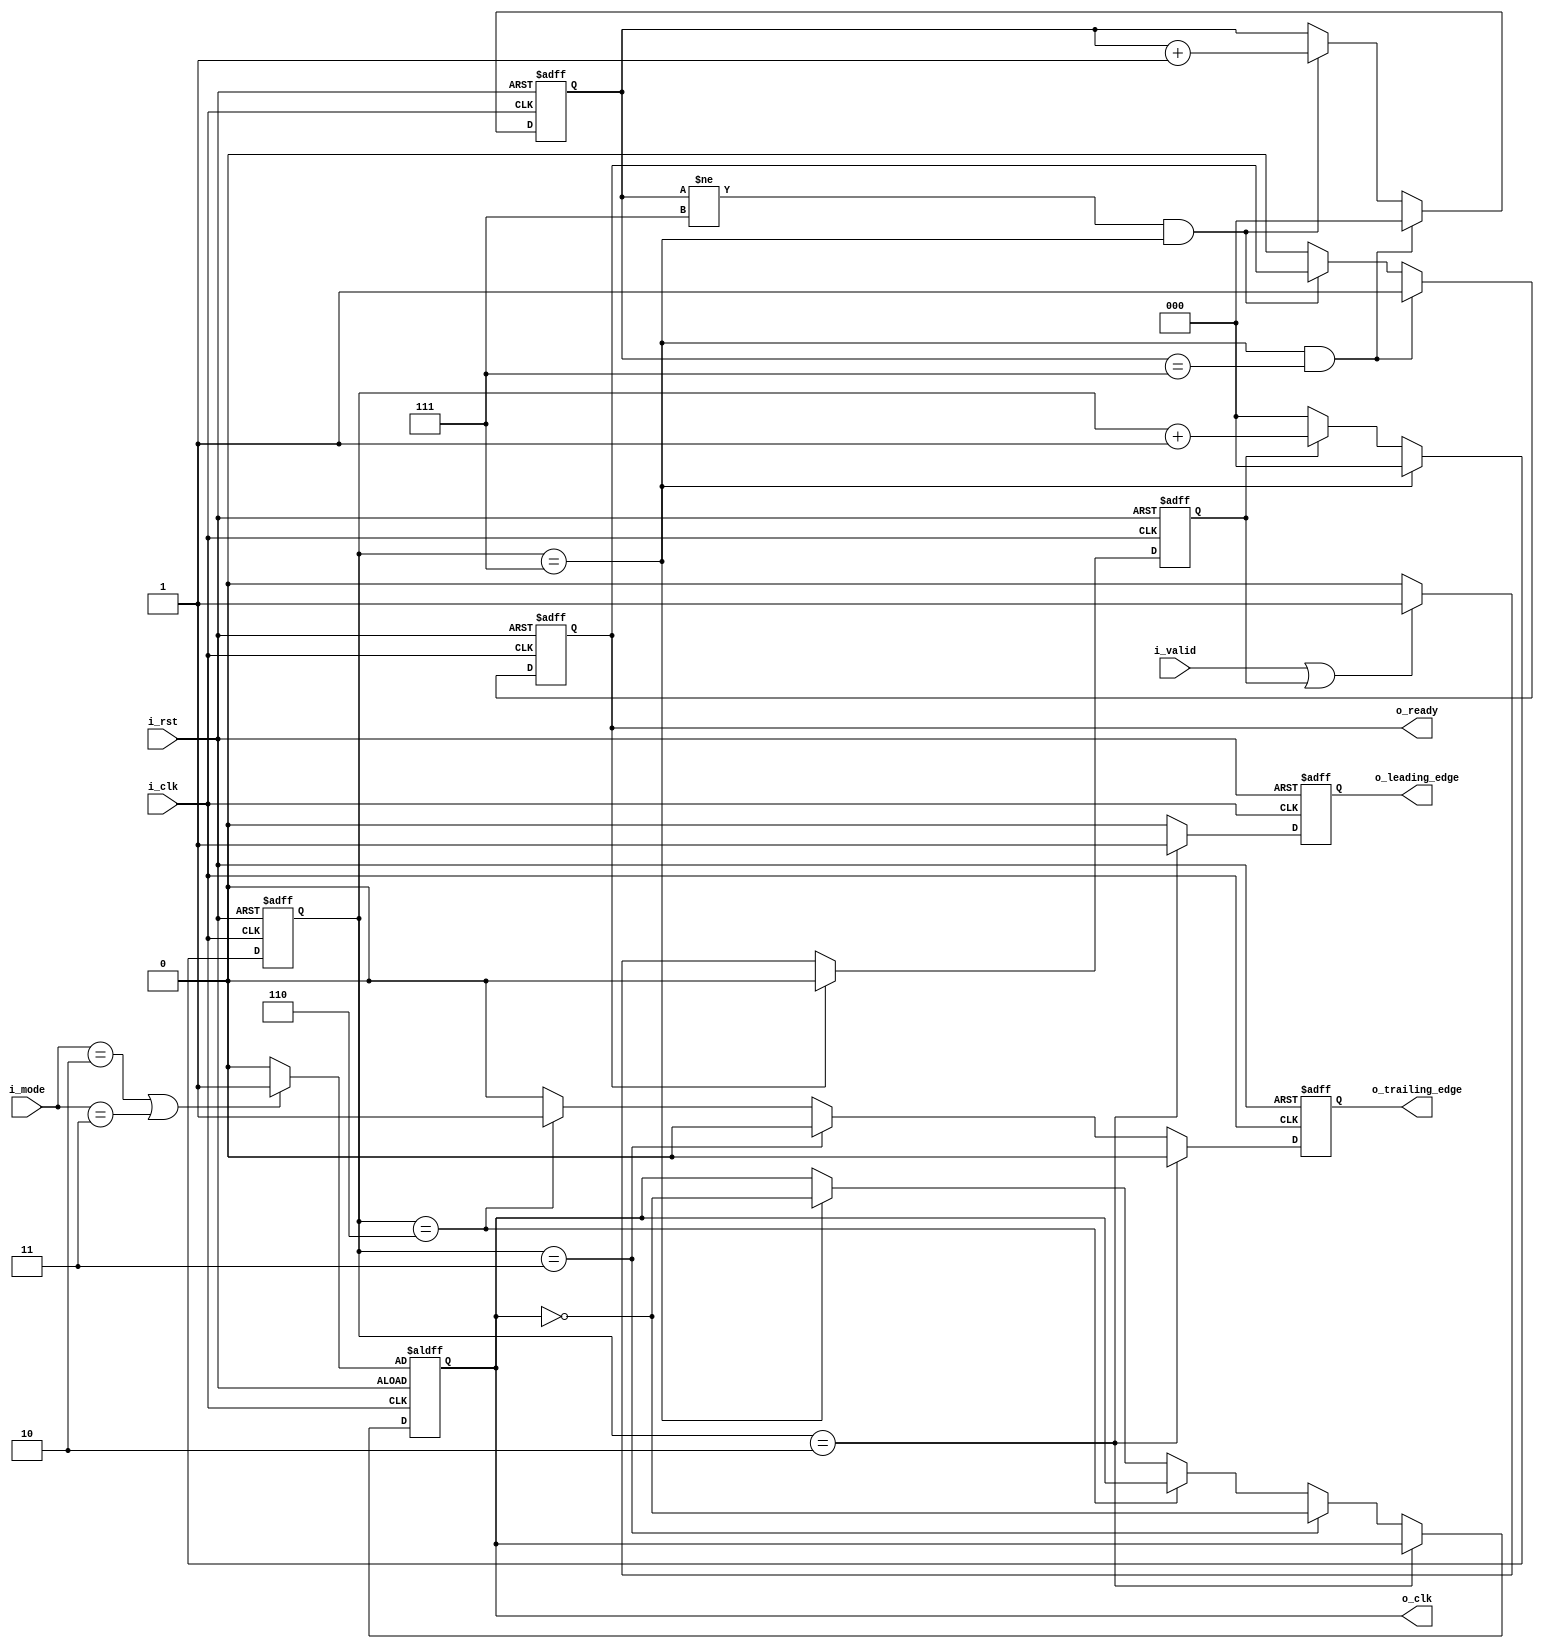
module CLK_GEN(

/// input signals /////
input wire        i_clk              ,      
input wire        i_rst              ,
input wire [1:0]  i_mode             ,
input wire        i_valid            ,

////output signals /////
output reg  o_clk              ,
output reg  o_ready            ,
output reg  o_leading_edge     ,
output reg  o_trailing_edge

);
wire      ic_pol , ic_phase ;
//reg       o_leading_edge_d , o_trailing_edge_d   ;
reg [2:0] bit_count, byte_count ;

reg valid_en  ;

assign ic_pol   = ((i_mode == 2'b10 ) || (i_mode == 2'b11))? 1'b1 : 1'b0 ;
assign ic_phase = ((i_mode == 2'b01 ) || (i_mode == 2'b11))? 1'b1 : 1'b0 ;

always @(posedge i_clk , negedge i_rst)
begin
if(!i_rst)
	bit_count <= 3'b0 ;

else 
begin

	if(bit_count == 3'd7)
		begin
		bit_count <= 1'b0 ;
		end
	
	else if (valid_en)
	bit_count <= bit_count + 1'b1 ;

	else 
	bit_count <= 1'b0 ;
		

end	

end

always @(posedge i_clk , negedge i_rst)
begin
	if(!i_rst)
	begin
		byte_count <= 'b0 ;
		o_ready    <= 1'b0;
	end

	else 
	begin
		if(bit_count == 3'd7 && byte_count == 3'd7)
		begin
			byte_count <= 3'b0 ;
			o_ready    <= 1'b1 ;
		end
		
		else if(byte_count != 3'd7 && bit_count == 3'd7 )
			byte_count <= byte_count +1'b1 ;
			
		else 
			begin
			byte_count <= byte_count ;
			o_ready <= 1'b0 ;
			end
	end

end	

always @(posedge i_clk , negedge i_rst)
begin

	if(!i_rst )
		valid_en <= 1'b0 ;
	
	else if (o_ready)
		valid_en <= 1'b0;
	
	else if(i_valid | valid_en) 
		valid_en <= 1'b1 ;
	
	else 
		valid_en <=1'b0 ;

end

always @(posedge i_clk , negedge i_rst)
begin

o_leading_edge <= 1'b0;
o_clk <= o_clk ;
o_trailing_edge <= 1'b0;

	if(!i_rst)
	o_clk <= ic_pol ;
	
	else
	begin
		if(bit_count == 3'd2)
		begin
			o_leading_edge <= 1'b1;
			o_trailing_edge<=1'b0   ;
			o_clk          <= o_clk ;
			
		end
		
		else if(bit_count == 3'd3)
		begin
			o_clk <= ~o_clk ;
			o_leading_edge <= 1'b0  ;
			o_trailing_edge<=1'b0   ;
			
		end
		
		else if(bit_count == 3'd6)
			begin
				o_trailing_edge <= 1'b1;
				o_leading_edge <= 1'b0  ;
				o_clk          <= o_clk ;
				
			end	
			
		else if(bit_count == 3'd7)		
			begin		
				o_clk <= ~o_clk ;
				o_leading_edge <= 1'b0  ;
				o_trailing_edge<=1'b0   ;
				
			end	
		
		else 
		begin
		
			o_leading_edge <= 1'b0  ;
			o_trailing_edge<=1'b0   ;
			o_clk          <= o_clk ;
		end
	//case (bit_count)
	//
	//	3'd2: begin
	//		o_leading_edge <= 1'b1;
	//		o_trailing_edge<=1'b0   ;
	//		o_clk          <= o_clk ;
	//	
	//	end
	//	3'd3 , 3'd7 : begin
	//		o_clk <= ~o_clk ;
	//		o_trailing_edge<=1'b0   ;
	//		o_leading_edge <= 1'b0;
	//	
	//	end
	//	
	//	3'd6 : begin
	//		o_leading_edge <= 1'b0;
	//		o_trailing_edge<=1'b1   ;
	//		o_clk          <= o_clk ;
	//	
	//	end
	//	
	//	default : begin
	//	
	//		o_leading_edge <= 1'b0;
	//		o_clk <= o_clk ;
	//		o_trailing_edge <= 1'b0;
	//		
	//	end
	//	
	//endcase
	end



end


//always @(posedge i_clk , negedge i_rst)
//begin
//	if(!i_rst)
//	begin
//		o_leading_edge <= 1'b0  ;
//		o_trailing_edge<=1'b0   ;
//		
//	end
//	
//	else
//	begin
//		o_leading_edge <= o_leading_edge_d     ;
//		o_trailing_edge<= o_trailing_edge_d    ;
//				
//	end
//
//
//
//
//end






endmodule